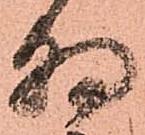
朝